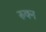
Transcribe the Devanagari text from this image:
रुक्न